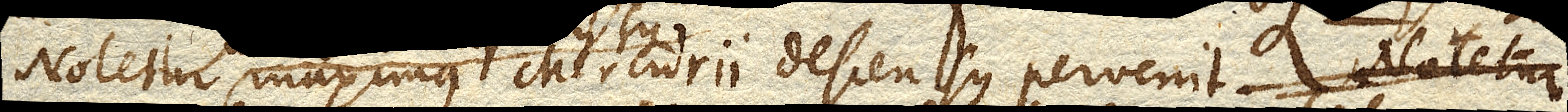
Notetur maximus Mercurii descensus pervenit